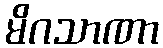
မိဂသာဏာ